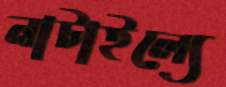
নাটাইল্যে